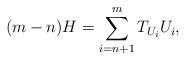
LaTeX: \begin{align*} (m-n) H = \sum\limits_{i=n+1}^{m} T_{U_i} U_i,\end{align*}